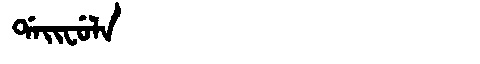
Manchu: ᡩᠠᡳᠸᡠᠯᠠ
Romanization: DAIFULA